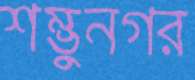
শম্ভুনগর